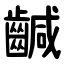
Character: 䶢